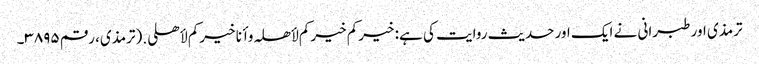
ترمذی اور طبرانی نے ایک اور حدیث روایت کی ہے: خیرکم خیرکم لأھلہ وأنا خیرکم لأھلی.(ترمذی، رقم ۳۸۹۵۔